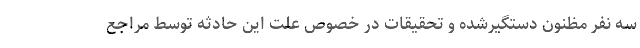
سه نفر مظنون دستگیرشده و تحقیقات در خصوص علت این حادثه توسط مراجع